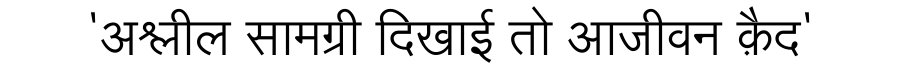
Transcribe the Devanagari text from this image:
'अश्लील सामग्री दिखाई तो आजीवन क़ैद'